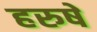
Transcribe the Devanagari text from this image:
हरुषे